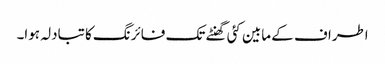
اطراف کے مابین کئی گھنٹے تک فائرنگ کا تبادلہ ہوا۔